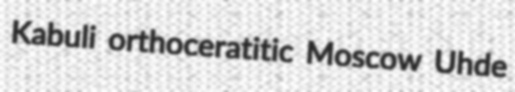
Kabuli orthoceratitic Moscow Uhde